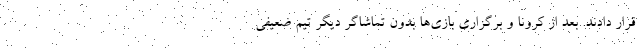
قرار دادند. بعد از کرونا و برگزاری بازی‌ها بدون تماشاگر دیگر تیم ضعیفی